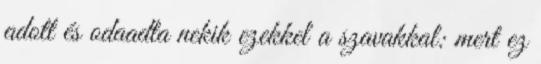
adott és odaadta nekik ezekkel a szavakkal: mert ez